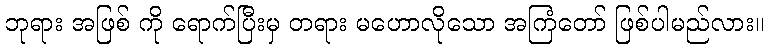
ဘုရား အဖြစ် ကို ရောက်ပြီးမှ တရား မဟောလိုသော အကြံတော် ဖြစ်ပါမည်လား။